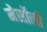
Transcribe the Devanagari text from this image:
मेर्सोली